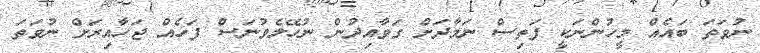
ނުވަތަ ބައެއް މީހުންނަކީ ފަތިސް ނަމާދަށް ގަވާއިދުން ނުހޭލެވުނަސް ފަހެއް ޖަހާއިރަށް ނުވަތަ